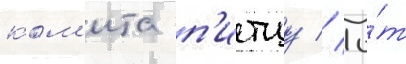
ком'ита п'итцу // То́т